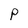
Character: p